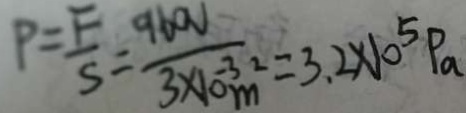
P = \frac { F } { S } = \frac { 9 6 0 V } { 3 \times 1 0 ^ { - 3 } m ^ { 2 } } = 3 . 2 \times 1 0 ^ { 5 } P _ { a }